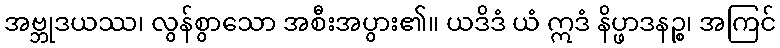
အဗ္ဘုဒယဿ၊ လွန်စွာသော အစီးအပွား၏။ ယဒိဒံ ယံ ဣဒံ နိပ္ဖာဒနဉ္စ၊ အကြင်